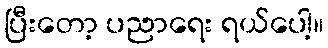
ပြီးတော့ ပညာရေး ရယ်ပေါ့။